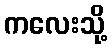
ကလေးသို့